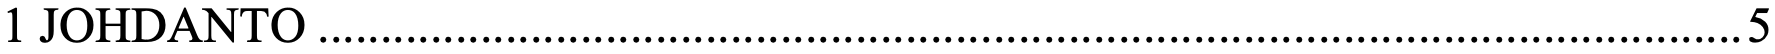
1 JOHDANTO .................................................................................................................. 5